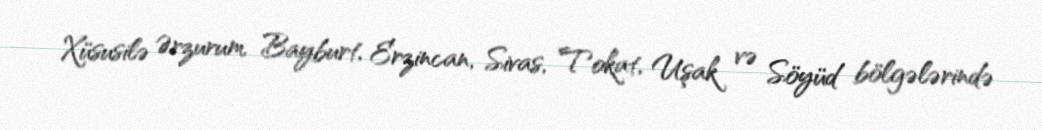
Xüsusilə Ərzurum, Bayburt, Erzincan, Sivas, Tokat, Uşak və Söyüd bölgələrində